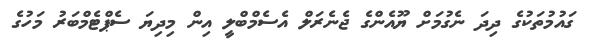
ގައުމުތަކުގެ ދިދަ ނެގުމަށް ޔޫއެންގެ ޖެނެރަލް އެސެމްބްލީ އިން މިދިޔަ ސެޕްޓެމްބަރު މަހުގެ